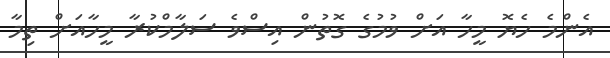
އެންމެ ހެޔޮ މީހާ އަށް ވުމުގެ ގޮތުން އިސްވެ ސަލާމްކުރާ މީހާއަށް ތިމާ